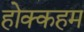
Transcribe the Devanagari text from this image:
होक्कहम